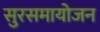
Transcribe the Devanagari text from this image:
सुरसमायोजन